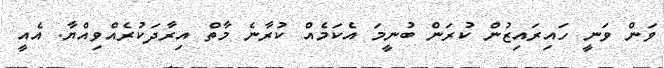
ވަން ވަނީ ހައިރައިޒުން ކުރަން ބުނީމަ އެކަމެއް ކުރާނެ މާތް އިރާދަކުރެއްވިއްޔާ. އެއީ